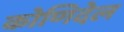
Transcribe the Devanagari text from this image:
कोणिदेल